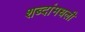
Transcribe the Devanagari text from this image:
शब्दांमधली